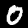
Label: 0